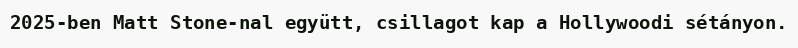
2025-ben Matt Stone-nal együtt, csillagot kap a Hollywoodi sétányon.